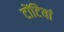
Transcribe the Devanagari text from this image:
टोंटियां